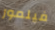
فيلمور